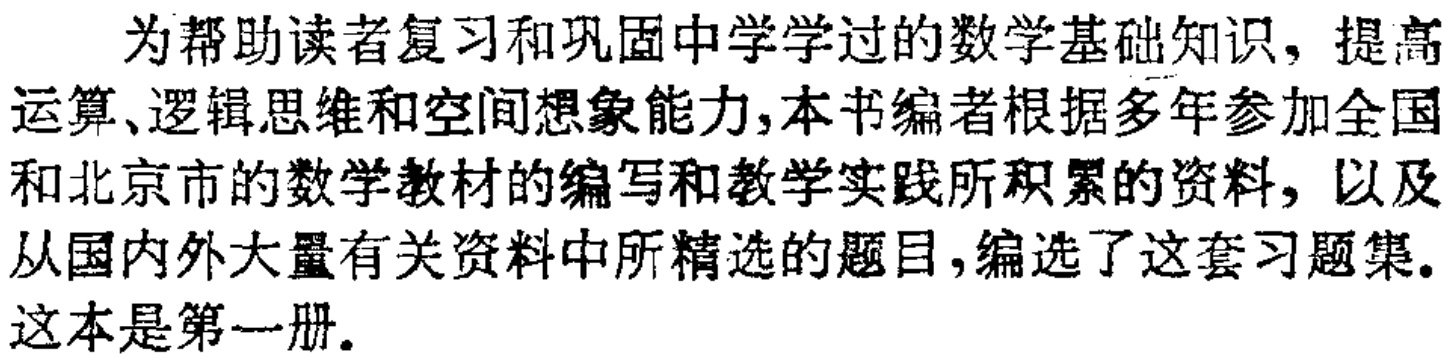
为帮助读者复习和巩固中学学过的数学基础知识，提高运算、逻辑思维和空间想象能力,本书编者根据多年参加全国和北京市的数学教材的编写和教学实践所积累的资料，以及从国内外大量有关资料中所精选的题目,编选了这套习题集.这本是第一册.